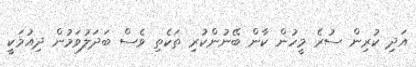
އަދި ކުރިން ސުރެ މީހުން ކާން ބޭނުންކުރި ތަކެތި ވެސް ބަދަލުވަމުން ދިއުމަކީ